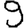
Digit: 9